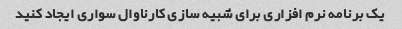
یک برنامه نرم افزاری برای شبیه سازی کارناوال سواری ایجاد کنید